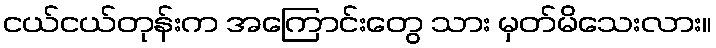
ငယ်ငယ်တုန်းက အကြောင်းတွေ သား မှတ်မိသေးလား။